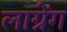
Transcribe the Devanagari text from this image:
लाग्रेंग